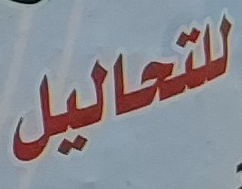
للتحاليل